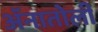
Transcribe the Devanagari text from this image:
ॲनातोली